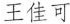
王佳可